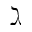
\gimel